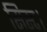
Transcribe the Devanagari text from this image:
सिस्ट।